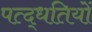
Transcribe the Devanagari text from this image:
पत्द्धतियों